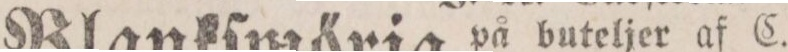
Blankſmörja på buteljer af C.